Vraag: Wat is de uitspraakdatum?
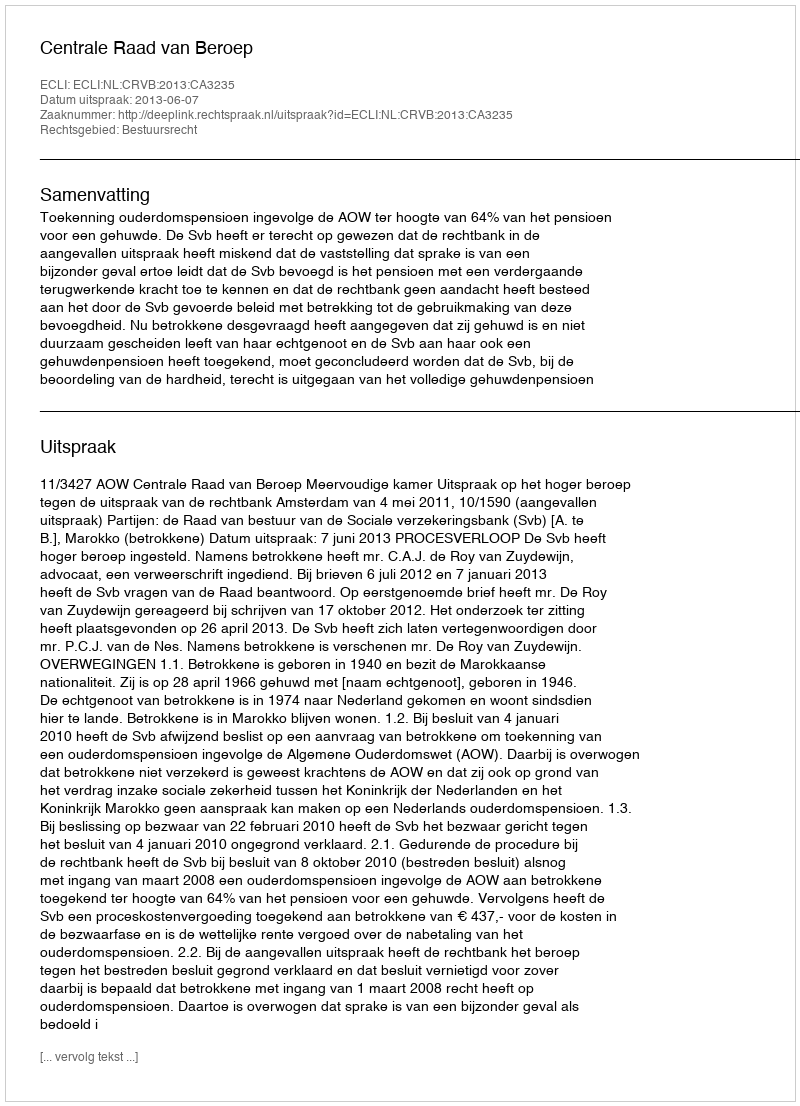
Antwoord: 2013-06-07